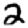
Digit: 2